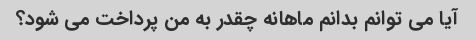
آیا می توانم بدانم ماهانه چقدر به من پرداخت می شود؟